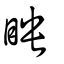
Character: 眏